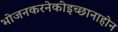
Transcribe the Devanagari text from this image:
भोजनकरनेकीइच्छानाहोन